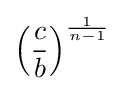
\left({\frac {c}{b}}\right)^{\frac {1}{n-1}}